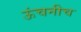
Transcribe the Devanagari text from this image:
ऊंचनीच